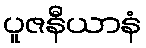
ပူဇနီယာနံ